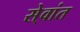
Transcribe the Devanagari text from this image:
से्वांत